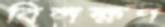
বিলক্ষণ